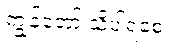
ကျွန်တော် သိပါရစေ။